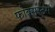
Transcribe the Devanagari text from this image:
फोक्सस्टर्म